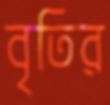
বৃতির